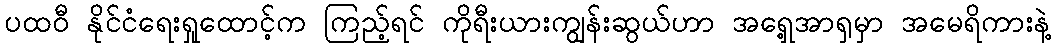
ပထဝီ နိုင်ငံရေးရှုထောင့်က ကြည့်ရင် ကိုရီးယားကျွန်းဆွယ်ဟာ အရှေ့အာရှမှာ အမေရိကားနဲ့